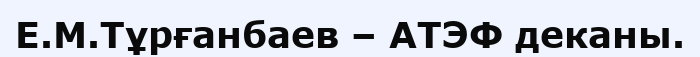
Е.М.Тұрғанбаев – АТЭФ деканы.